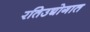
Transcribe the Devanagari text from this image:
रतिउद्योगात